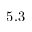
5 . 3